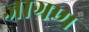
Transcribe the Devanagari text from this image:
जाग्रण